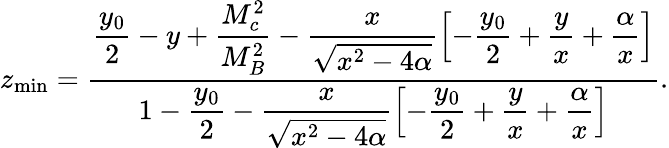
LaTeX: z_{\mathrm{min}}=\frac{\displaystyle\frac{y_{0}}{2}-y+\frac{M_{c}^{2}}{M_{B}^{2}}-\frac{x}{\sqrt{x^{2}-4\alpha}}\left[-\frac{y_{0}}{2}+\frac{y}{x}+\frac{\alpha}{x}\right]}{\displaystyle 1-\frac{y_{0}}{2}-\frac{x}{\sqrt{x^{2}-4\alpha}}\left[-\frac{y_{0}}{2}+\frac{y}{x}+\frac{\alpha}{x}\right]}.